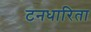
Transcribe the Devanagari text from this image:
टनधारिता